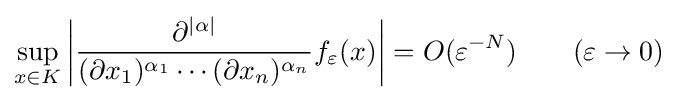
\sup _{x\in K}\left|{\frac {\partial ^{|\alpha |}}{(\partial x_{1})^{\alpha _{1}}\cdots (\partial x_{n})^{\alpha _{n}}}}f_{\varepsilon }(x)\right|=O(\varepsilon ^{-N})\qquad (\varepsilon \to 0)